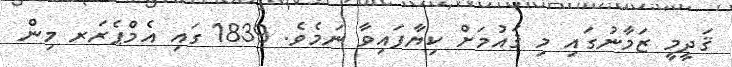
ޤަދީމީ ޒަމާނުގައި މި ޤައުމަށް ކިޔާފައިވާ ނަމެވެ. 1839 ގައި އެމްޕެރަރ މިން